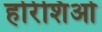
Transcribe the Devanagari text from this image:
होरेशिओ